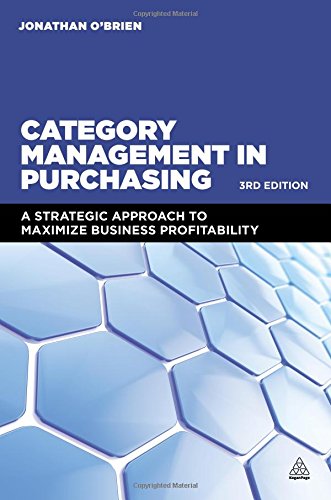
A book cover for Category Management in Purchasing: A Strategic Approach to Maximize Business Profitability; Jonathan O'Brien; Business & Money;